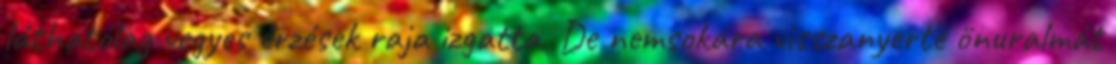
láthatólag vegyes érzések raja izgatta. De nemsokára visszanyerte önuralmát